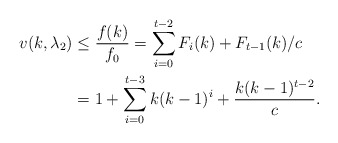
\begin{align*}v(k,\lambda_2) &\leq \frac{f(k)}{f_0}=\sum_{i=0}^{t-2}F_i(k)+F_{t-1}(k)/c \\&=1+\sum_{i=0}^{t-3} k(k-1)^i+ \frac{k(k-1)^{t-2}}{c}. \end{align*}